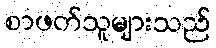
စာဖတ်သူများသည်